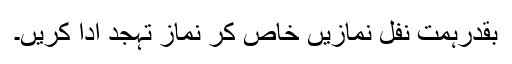
بقدرِہمت نفل نمازیں خاص کر نماز ِتہجد ادا کریں۔